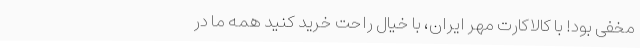
مخفی بود! با کالاکارت مهر ایران، با خیال راحت خرید کنید همه ما در